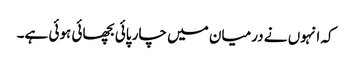
کہ انہوں نے درمیان میں چار پائی بچھائی ہوئی ہے۔